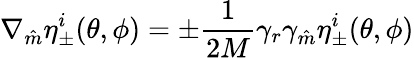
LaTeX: \nabla_{\hat{m}}\eta_{\pm}^{i}(\theta,\phi)=\pm\frac{1}{2M}\gamma_{r}\gamma_{\hat{m}}\eta_{\pm}^{i}(\theta,\phi)